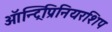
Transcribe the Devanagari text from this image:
ऑन्ट्रिप्रिनियरशिप